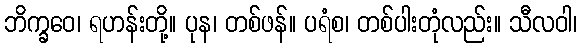
ဘိက္ခဝေ၊ ရဟန်းတို့။ ပုန၊ တစ်ဖန်။ ပရံစ၊ တစ်ပါးတုံလည်း။ သီလဝါ၊